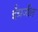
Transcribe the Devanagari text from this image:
ईंग्रजीत